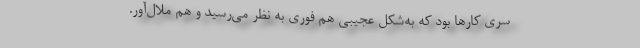
سری کارها بود که به‌شکل عجیبی هم فوری به نظر می‌رسید و هم ملال‌آور.